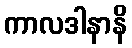
ကာလဒါနာနိ